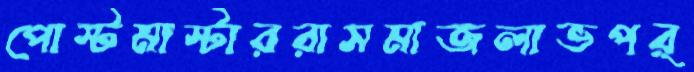
পোস্টমাস্টাররাসমাজলাভপর্